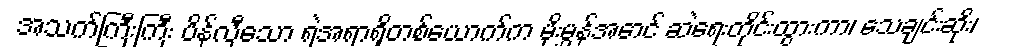
အသက်ကြီးကြီး ပိန်လှီသော ရဲအရာရှိတစ်ယောက်က မိုးမွှန်အောင် ဆဲရေးတိုင်းထွားကာ၊ သေချင်းဆိုး၊